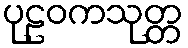
ပုဠဝကသုတ္တ